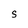
Character: S